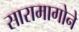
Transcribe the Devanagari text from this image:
सारामागोने